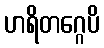
ဟရိတဂ္ဂေပိ